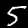
Label: 5